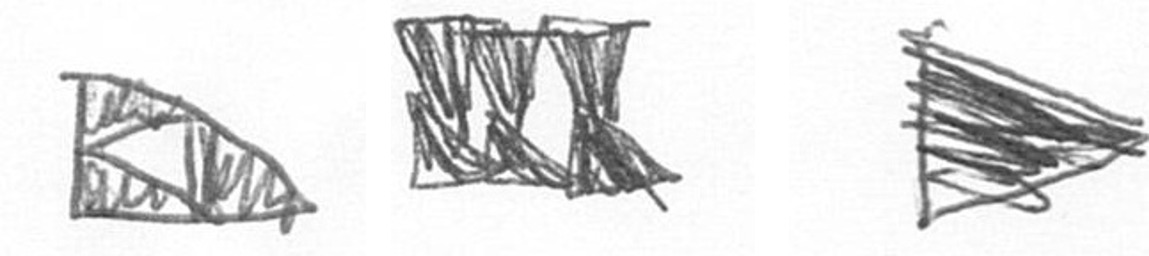
K D T